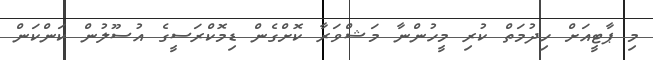
މި ޕާޓީއަށް ހިދުމަތް ކުރި މީހުންނާ މަޝްވަރާ ކޮށްގެން ޑިމޮކްރަސީގެ އުސޫލުން ކަންކަން